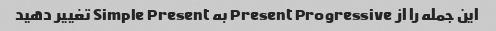
این جمله را از Present Progressive به Simple Present تغییر دهید